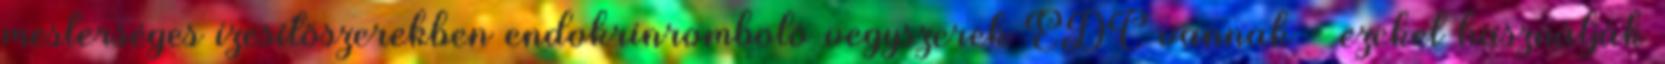
mesterséges ízesítőszerekben endokrinromboló vegyszerek EDC vannak - ezeket használják